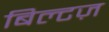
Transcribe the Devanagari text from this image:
बिल्टज़